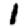
Digit: 1